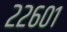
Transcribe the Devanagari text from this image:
२२६०१